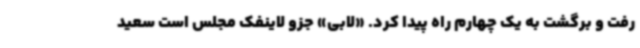
رفت و برگشت به یک چهارم راه پیدا کرد. «لابی» جزو لاینفک مجلس است سعید